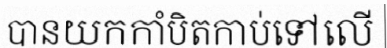
បានយកកាំបិតកាប់ទៅលើ